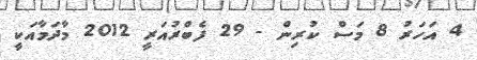
4 އަހަރު 8 މަސް ކުރިން - 29 ފެބްރުއަރީ 2012 މާދަމާއަކީ